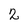
Character: 2